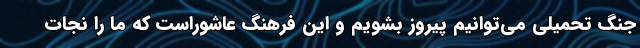
جنگ تحمیلی می‌توانیم پیروز بشویم و این فرهنگ عاشوراست که ما را نجات